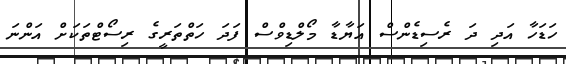
ހަޑަހާ އަދި ދަ ރެސިޑެންސް އަޔާޑާ މޯލްޑިވްސް ފަދަ ހަތްތަރީގެ ރިސޯޓްތަކަށް އަންނަ